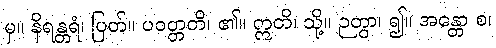
မှ။ နိရန္တရံ၊ ပြတ်။ ပဝတ္တတိ၊ ၏။ ဣတိ၊ သို့။ ဉတွာ၊ ၍။ အန္တော စ၊